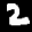
Label: 2